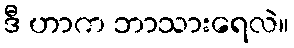
ဒီ ဟာက ဘာသားရေလဲ။